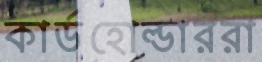
কার্ডহোল্ডাররা